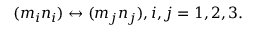
\begin{array} { l c r } { { ( m _ { i } n _ { i } ) \leftrightarrow ( m _ { j } n _ { j } ) , i , j = 1 , 2 , 3 . } } \end{array}